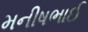
મનીષભાઈ